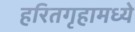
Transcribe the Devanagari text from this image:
हरितगृहामध्ये